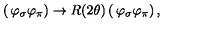
\left( \begin{matrix} { \varphi _ { \sigma } } \\ { \varphi _ { \pi } } \\ \end{matrix} \right) \rightarrow R ( 2 \theta ) \left( \begin{matrix} { \varphi _ { \sigma } } \\ { \varphi _ { \pi } } \\ \end{matrix} \right) ,